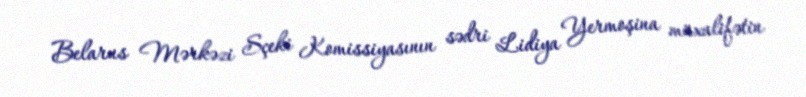
Belarus Mərkəzi Sçeki Komissiyasının sədri Lidiya Yermoşina müxalifətin